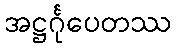
အဋ္ဌင်္ဂုပေတဿ